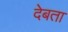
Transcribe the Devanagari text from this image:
देबता